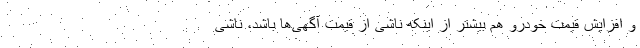
و افزایش قیمت خودرو هم بیشتر از اینکه ناشی از قیمت آگهی‌ها باشد، ناشی